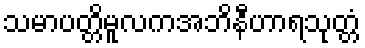
သမာပတ္တိမူလကအဘိနီဟာရသုတ္တံ